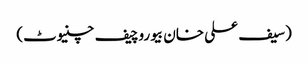
(سیف علی خان بیوروچیف چنیوٹ)